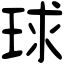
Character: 球